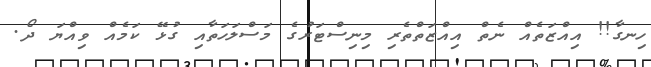
ހިނގާ!! އިއްޒަތެއް ނެތް އިއްޒަތްތެރި މިނިސްޓަރުގެ މަސްލަހަތާއި ގުޅޭ ކަމެއް ވިއްޔަ ދޯ.